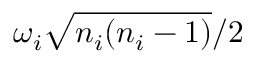
{ \omega _ { i } } \sqrt { n _ { i } ( n _ { i } - 1 ) } / 2